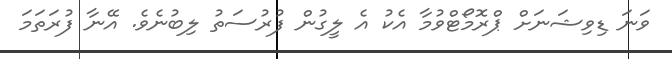
ވަނަ ޑިވިޝަނަށް ޕްރޮމޯޓްވުމާ އެކު އެ ލީގުން ފުރުސަތު ލިބުނެވެ. އޭނާ ފުރަތަމަ